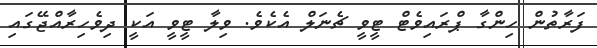
ފަރާތުން ހިންގާ ޕްރައިވެޓް ޓީވީ ޗެނަލް އެކެވެ. ވިލާ ޓީވީ އަކީ ދިވެހިރާއްޖޭގައި